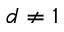
d \ne 1